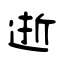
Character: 逝